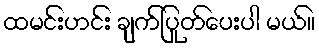
ထမင်းဟင်း ချက်ပြုတ်ပေးပါ မယ်။